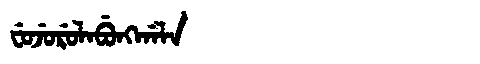
Manchu: ᠸᡠᠵᡠᡵᡠᠯᠠᠪᡠᠩᡤᠠᠯᠠ
Romanization: FUJURULABUNGGALA